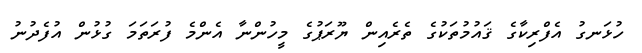
ހުޅަނގު އެފްރިކާގެ ޤައުމުތަކުގެ ތެރެއިން ޔޫރަޕުގެ މީހުންނާ އެންމެ ފުރަތަމަ ގުޅުން އުފެދުނު